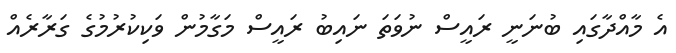
އެ މާއްދާގައި ބުނަނީ ރައީސް ނުވަތަ ނައިބު ރައީސް މަގާމުން ވަކިކުރުމުގެ ގަރާރެއް